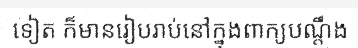
ទៀត ក៏មានរៀបរាប់នៅក្នុងពាក្យបណ្តឹង